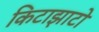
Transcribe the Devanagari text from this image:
किटाझाटो